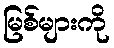
မြစ်များကို